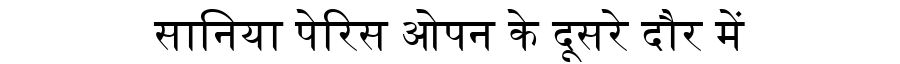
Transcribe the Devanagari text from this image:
सानिया पेरिस ओपन के दूसरे दौर में